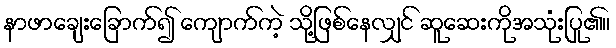
နာဖာချေးခြောက်၍ ကျောက်ကဲ့ သို့ဖြစ်နေလျှင် ဆူဆေးကိုအသုံးပြု၏။